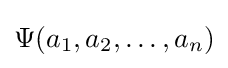
\Psi (a_{1},a_{2},\ldots ,a_{n})